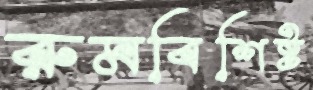
রুমবিশিষ্ট